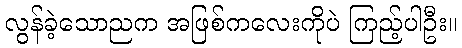
လွန်ခဲ့သောညက အဖြစ်ကလေးကိုပဲ ကြည့်ပါဦး။